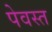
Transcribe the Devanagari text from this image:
पेवस्त